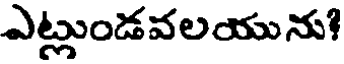
ఎట్లుండవలయును!